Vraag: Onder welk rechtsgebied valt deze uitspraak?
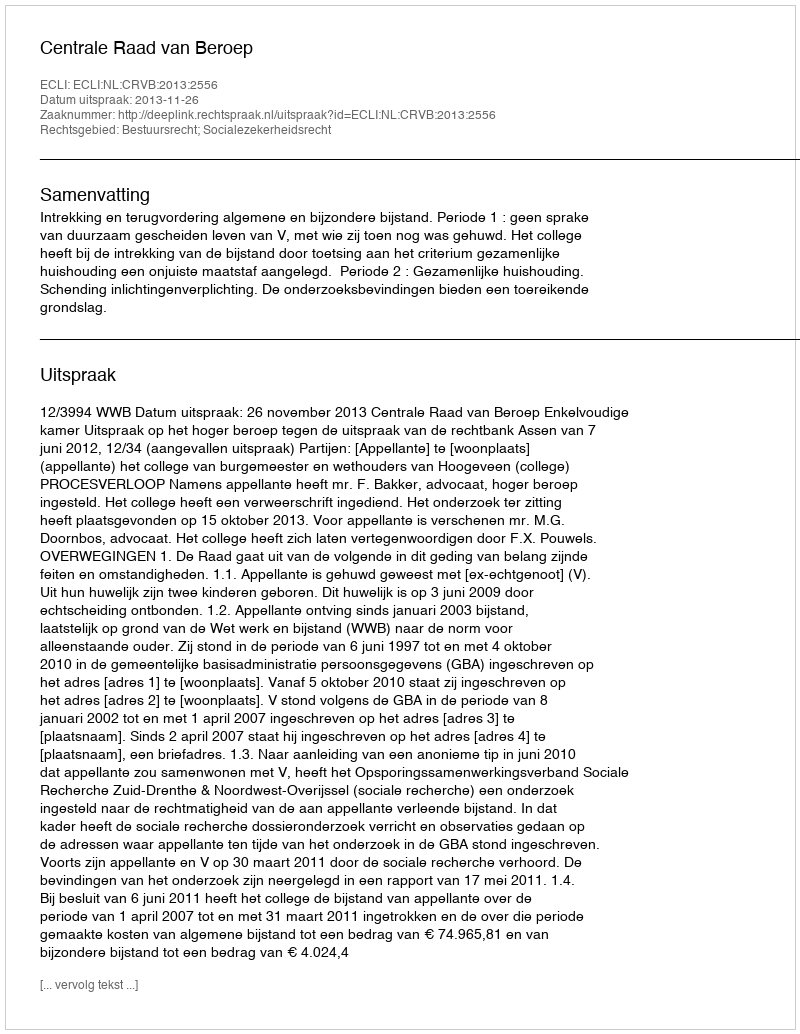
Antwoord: Bestuursrecht; Socialezekerheidsrecht